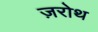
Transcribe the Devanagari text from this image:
ज़रोथ